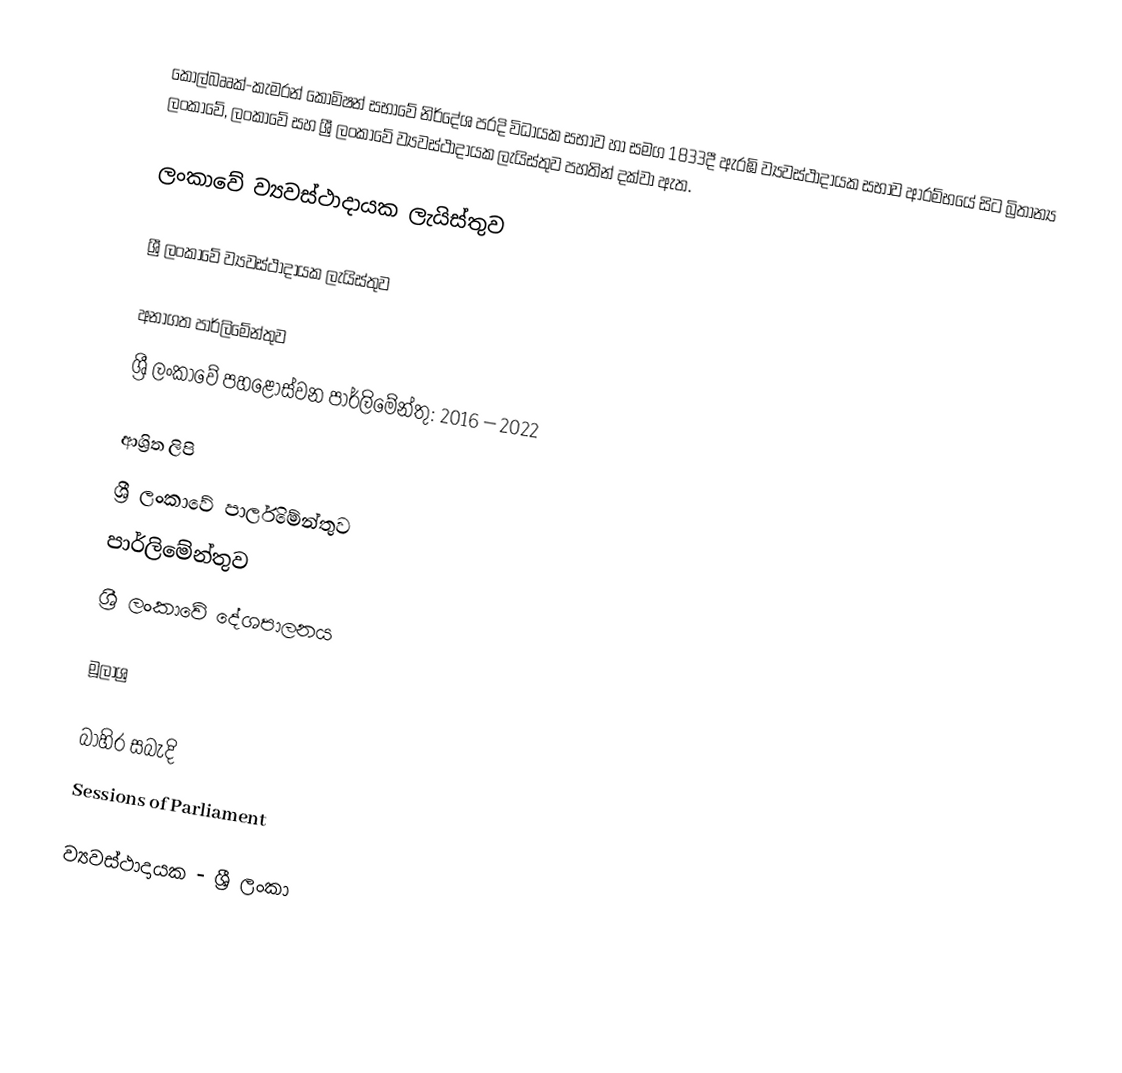
කෝල්බෲක්-කැමරන් කොමිෂන් සභාවේ නිර්දේශ පරදි විධායක සභාව හා සමග 1833දී ඇරඹි ව්‍යවස්ථාදායක සභාව ආරම්භයේ සිට බ්‍රිතාන්‍ය ලංකාවේ, ලංකාවේ සහ ශ්‍රී ලංකාවේ ව්‍යවස්ථාදායක ලැයිස්තුව පහතින් දක්වා ඇත.

ලංකාවේ ව්‍යවස්ථාදායක ලැයිස්තුව

ශ්‍රී ලංකාවේ ව්‍යවස්ථාදායක ලැයිස්තුව

අනාගත පාර්ලිමේන්තුව
ශ්‍රී ලංකාවේ පහළොස්වන පාර්ලිමේන්තු: 2016 – 2022

ආශ්‍රිත ලිපි
 ශ්‍රී ලංකාවේ පාර්ලිමේන්තුව
 පාර්ලිමේන්තුව
 ශ්‍රී ලංකාවේ දේශපාලනය

මූලාශ්‍ර

බාහිර සබැදි
 Sessions of Parliament

ව්‍යවස්ථාදායක - ශ්‍රී ලංකා